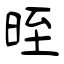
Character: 晊